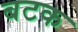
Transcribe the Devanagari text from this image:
बटक